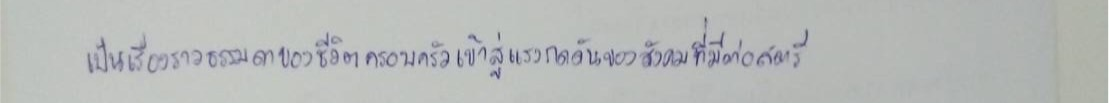
เป็นเรื่องราวธรรมดาของชีวิตครอบครัวเข้าไปสู่แรงกดดันของสังคมที่มีต่อสตรี